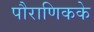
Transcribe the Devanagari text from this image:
पौराणिकके